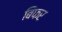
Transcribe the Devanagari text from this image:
बिफर